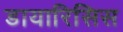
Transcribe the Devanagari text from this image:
डायारिसिस